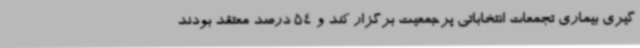
گیری بیماری تجمعات انتخاباتی پرجمعیت برگزار کند و 54 درصد معتقد بودند